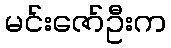
မင်းဇော်ဦးက